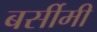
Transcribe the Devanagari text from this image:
बर्सीमी